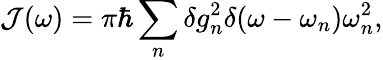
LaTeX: {\mathcal J}(\omega)=\pi\hbar\sum_{n}\delta g_{n}^{2}\delta(\omega-\omega_{n})\omega_{n}^{2},